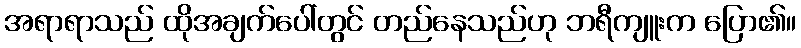
အရာရာသည် ထိုအချက်ပေါ်တွင် တည်နေသည်ဟု ဘရီကျူးက ပြော၏။